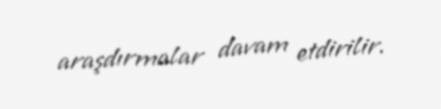
araşdırmalar davam etdirilir.